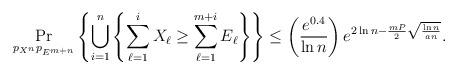
LaTeX: \begin{align*}\Pr_{p_{X^n}p_{E^{m+n}}}\left\{\bigcup_{i=1}^n \left\{\sum_{\ell=1}^i X_\ell \ge \sum_{\ell=1}^{m+i} E_\ell\right\}\right\} \le \left(\frac{e^{0.4} }{\ln n}\right) e^{2\ln n -\frac{mP}{2}\sqrt{\frac{\ln n}{a n}}}. \end{align*}